Vital statistics of India. Vol. V, Reports of 1876 on armies & jails and on epidemic cholera
Year: 1876
Disease focus: Cholera
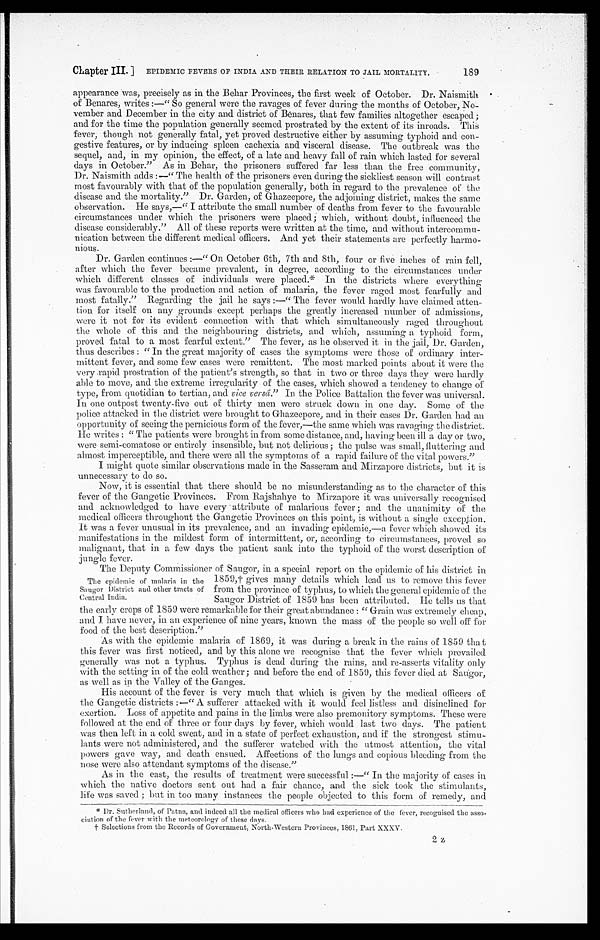
Chapter III.] EPIDEMIC FEVERS OF INDIA AND THEIR RELATION TO JAIL MORTALITY. 189
appearance was, precisely as in the Behar Provinces, the first week of October. Dr. Naismith
of Benares, writes :—"So general were the ravages of fever during the months of October, No
- v e m b e r a n d D e c e m b e r i n t h e c i t y a n d d i s t r i c t o f B é n a r e s , t h a t f e w f a m i l i e s a l t o g e t h e r e s c a p e d ;
and for the time the population generally seemed prostrated by the extent of its inroads. This
fever, though not generally fatal, yet proved destructive either by assuming typhoid and con
- g e s t i v e f e a t u r e s , o r b y i n d u c i n g s p l e e n c a c h e x i a a n d v i s c e r a l d i s e a s e . T h e o u t b r e a k w a s t h e
sequel, and, in my opinion, the effect, of a late and heavy fall of rain which lasted for several
days in October."As in Behar, the prisoners suffered far less than the free community,
Dr. Naismith adds :—"The health of the prisoners even during the sickliest season will contrast
most favourably with that of the population generally, bah in regard to the prevalence of the
disease and the mortality."Dr. Garden, of Ghazeepore, the adjoining district, makes the same
observation. He says,—"I attribute the small number of deaths from fever to the favourable
circumstances under which the prisoners were placed; which, without doubt, influenced the
disease considerably."All of these reports were written at the time, and without intercommu
-nication between the different medical officers. And yet their statements are perfectly harmo
-nious.
Dr. Garden continues :—"On October 6th, 7th and 8th, four or five inches of rain fell,
after which the fever became prevalent, in degree, according to the circumstances under
which different classes of individuals were placed.* In the districts where everything
was favourable to the production and action of malaria, the fever raged most fearfully and
most fatally."Regarding the jail he says :—"The fever would hardly have claimed atten
-tion for itself on any grounds except perhaps the greatly increased number of admissions,
were it not for its evident connection with that which simultaneously raged throughout
the whole of this and the neighbouring districts, and which, assuming a typhoid form,
proved fatal to a most fearful extent."The fever, as he observed it in the jail, Dr. Garden,
thus describes : "In the great majority of cases the symptoms were those of ordinary inter
-mittent fever, and sonic few cases were remittent. The most marked points about it were the
very rapid prostration of the patient's strength, so that in two or three days they were hardly
able to move, and the extreme irregularity of the cases, which showed a tendency to change of
type, from quotidian to tertian, and vice versâ."In the Police Battalion the fever was universal.
In one outpost twenty-five out of thirty men were struck down in one day. Some of the
police attacked in the district were brought to Ghazeepore, and in their cases Dr. Garden had an
opportunity of seeing the pernicious form of the fever,—the same which was ravaging the district.
He writes : "The patients were brought in from some distance, and, having been ill a day or two,
were semi-comatose or entirely insensible, but not delirious; the pulse was small, fluttering and
almost imperceptible, and there were all the symptoms of a rapid failure of the vital powers."
I might quote similar observations made in the Sasseram and Mirzapore districts, but it is
unnecessary to do so.
Now, it is essential that there should be no misunderstanding as to the character of this
fever of the Gangetic Provinces. From Rajshahye to Mirzapore it was universally recognised
and acknowledged to have every attribute of malarious fever; and the unanimity of the
medical officers throughout the Gangetic Provinces on this point, is without a single exception.
It was a fever unusual in its prevalence, and an invading epidemic,—a fever which showed its
manifestations in the mildest form of intermittent, or, according to circumstances, proved so
malignant, that in a few days the patient sank into the typhoid of the worst description of
jungle fever.
The Deputy Commissioner of Saugor, in a special report on the epidemic of his district in
1859,† gives many details which lead us to remove this fever
from the province of typhus, to which the general epidemic of the
Saugor District of 1859 has been attributed. He tells us that
the early crops of 1859 were remarkable for their great abundance : "Grain was extremely cheap,
and I have never, in an experience of nine years, known the mass of the people so well off for
food of the best description."
As with the epidemic malaria of 1869, it was during a break in the rains of 1859 that
this fever was first noticed, and by this alone we recognise that the fever which prevailed
generally was not a typhus. Typhus is dead during the rains, and re-asserts vitality only
with the setting in of the cold weather; and before the end of 1859, this fever died at Saugor,
as well as in the Valley of the Ganges.
His account of the fever is very much that which is given by the medical officers of
the Gangetic districts :—"A sufferer attacked with it would feel listless and disinclined for
exertion. Loss of appetite and pains in the limbs were also premonitory symptoms. These were
followed at the end of three or four days by fever, which would last two days. The patient
was then left in a cold sweat, and in a state of perfect exhaustion, and if the strongest stimu
- l a n t s w e r e n o t a d m i n i s t e r e d , a n d t h e s u f f e r e r w a t c h e d w i t h t h e u t m o s t a t t e n t i o n , t h e v i t a l
powers gave way, and death ensued. Affections of the lungs and copious bleeding from the
nose were also attendant symptoms of the disease."
As in the east, the results of treatment were successful :—"In the majority of cases in
which the native doctors sent out had a fair chance, and the sick took the stimulants,
life was saved; but in too many instances the people Objected to this form of remedy, and
* Dr. Sutherland, of Patna, and indeed all the medical officers who had experience of the fever, recognised the asso
-ciation of the fever with the meteorology of these days.
†Selections from the Records of Government North-Western Provinces, 1861, Part XXXV.
The epidemic of malaria in the
Saugor District and other tracts of
Central India.
2z